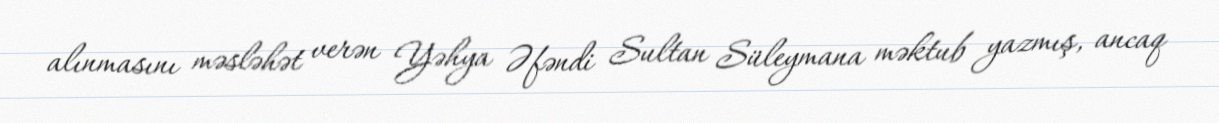
alınmasını məsləhət verən Yəhya Əfəndi Sultan Süleymana məktub yazmış, ancaq